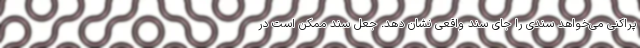
پراکنی می‌خواهد سندی را جای سند واقعی نشان دهد. جعل سند ممکن است در